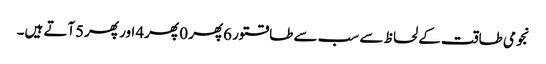
نجومی طاقت کے لحاظ سے سب سے طاقتور 6پھر 0 پھر4 اور پھر5آتے ہیں۔